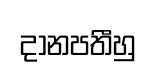
දානපතීහු